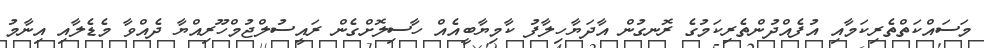
މަސައްކަތްތެރިކަމާއި އުފެއްދުންތެރިކަމުގެ ރޮނގުން އާދަޔާހިލާފު ކާމިޔާބީއެއް ހާސިލޮށްގެން ރައީސުލްޖުމްހޫރިއްޔާ ދެއްވާ މެޑެލާއި އިނާމު